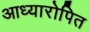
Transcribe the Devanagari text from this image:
आध्यारोपित